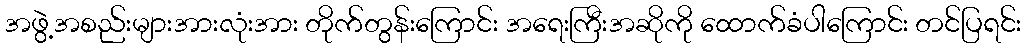
အဖွဲ့အစည်းများအားလုံးအား တိုက်တွန်းကြောင်း အရေးကြီးအဆိုကို ထောက်ခံပါကြောင်း တင်ပြရင်း